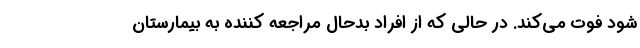
شود فوت می‌کند. در حالی که از افراد بدحال مراجعه کننده به بیمارستان